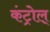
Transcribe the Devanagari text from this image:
कंट्रोल्